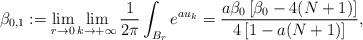
LaTeX: \begin{align*}\beta_{0,1}:=\lim_{r\to0}\lim_{k\to+\infty}\frac{1}{2\pi}\int_{B_r}e^{au_k}=\frac{a\beta_0\left[\beta_0-4(N+1)\right]}{4\left[1-a(N+1)\right]},\end{align*}